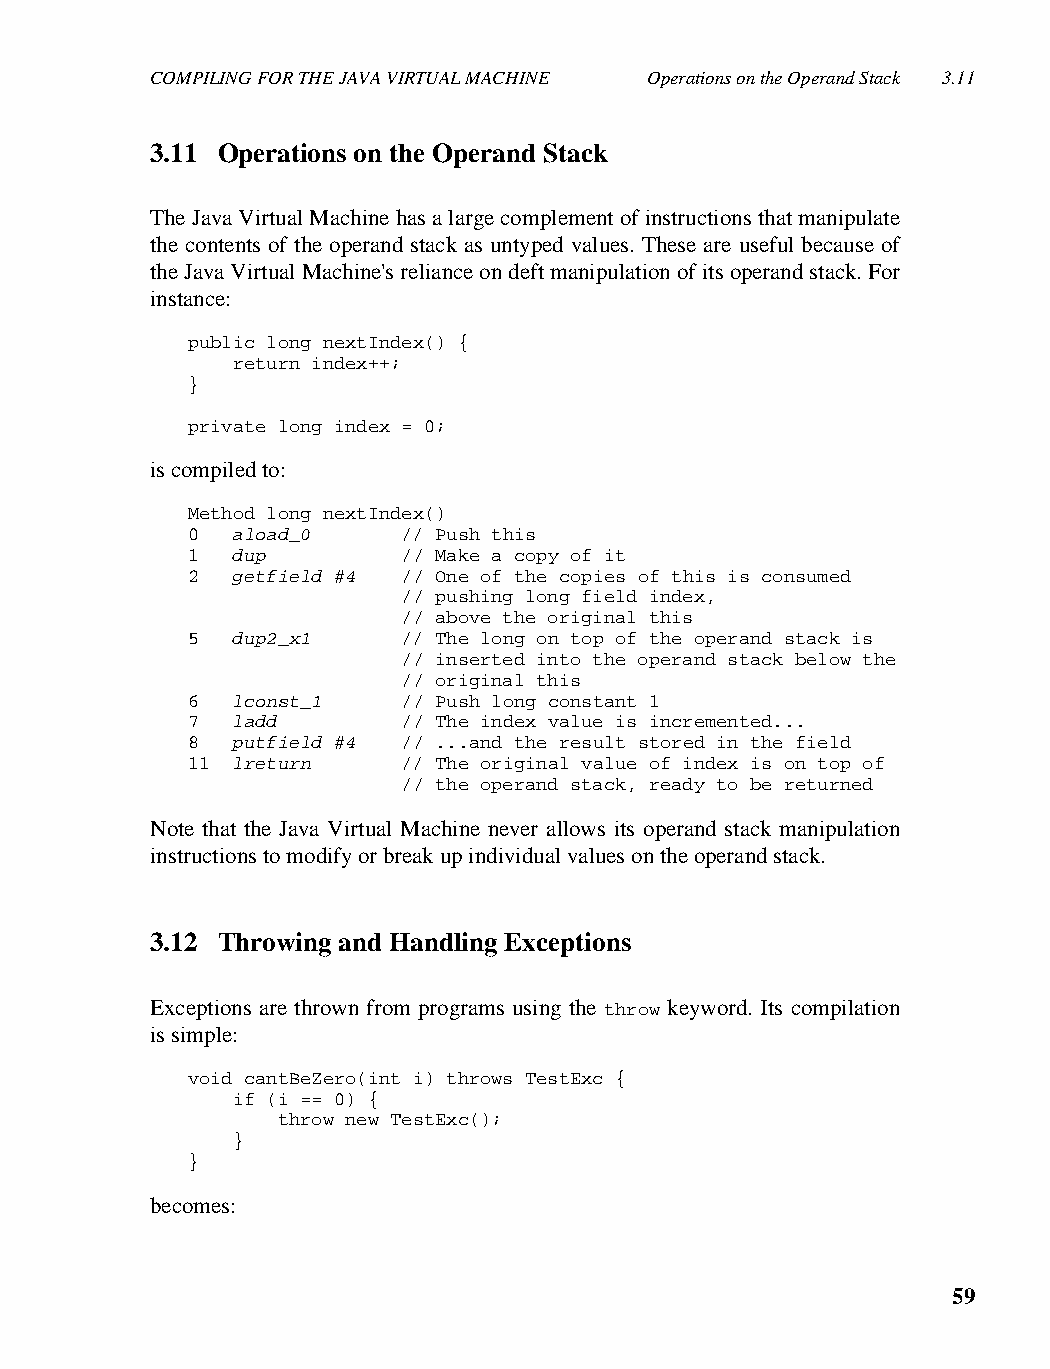
COMPILING FOR THE JAVA VIRTUAL MACHINE Operations on the Operand Stack 3.11
 3.11 Operations on the Operand Stack
 The Java Virtual Machine has a large complement of instructions that manipulate
 the contents of the operand stack as untyped values. These are useful because of
 the Java Virtual Machine's reliance on deft manipulation of its operand stack. For
 instance:
 public long nextIndex() {
 return index++;
 }
 private long index = 0;
 is compiled to:
 Method long nextIndex()
 0  aload_0     // Push this
 1  dup         // Make a copy of it
 2  getfield #4 // One of the copies of this is consumed
 // pushing long field index,
 // above the original this
 5  dup2_x1     // The long on top of the operand stack is
 // inserted into the operand stack below the
 // original this
 6  lconst_1    // Push long constant 1
 7  ladd        // The index value is incremented...
 8  putfield #4 // ...and the result stored in the field
 11 lreturn     // The original value of index is on top of
 // the operand stack, ready to be returned
 Note that the Java Virtual Machine never allows its operand stack manipulation
 instructions to modify or break up individual values on the operand stack.
 3.12 Throwing and Handling Exceptions
 Exceptions are thrown from programs using the throw keyword. Its compilation
 is simple:
 void cantBeZero(int i) throws TestExc {
 if (i == 0) {
 throw new TestExc();
 }
 }
 becomes:
 59